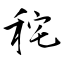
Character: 秺